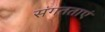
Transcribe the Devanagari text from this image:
संगतताएं